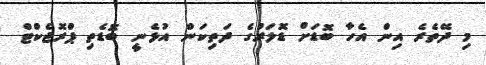
މި ދޭތެރެ އިން އެހާ ބޮޑަށް ޑޮލަރުގެ ދަތިކަން އުޅެނީ ބޮޑެތި ޕްރޮޖެކްޓް